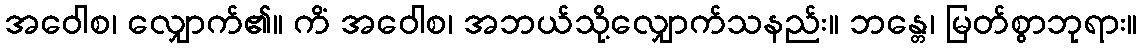
အဝေါစ၊ လျှောက်၏။ ကိံ အဝေါစ၊ အဘယ်သို့လျှောက်သနည်း။ ဘန္တေ၊ မြတ်စွာဘုရား။